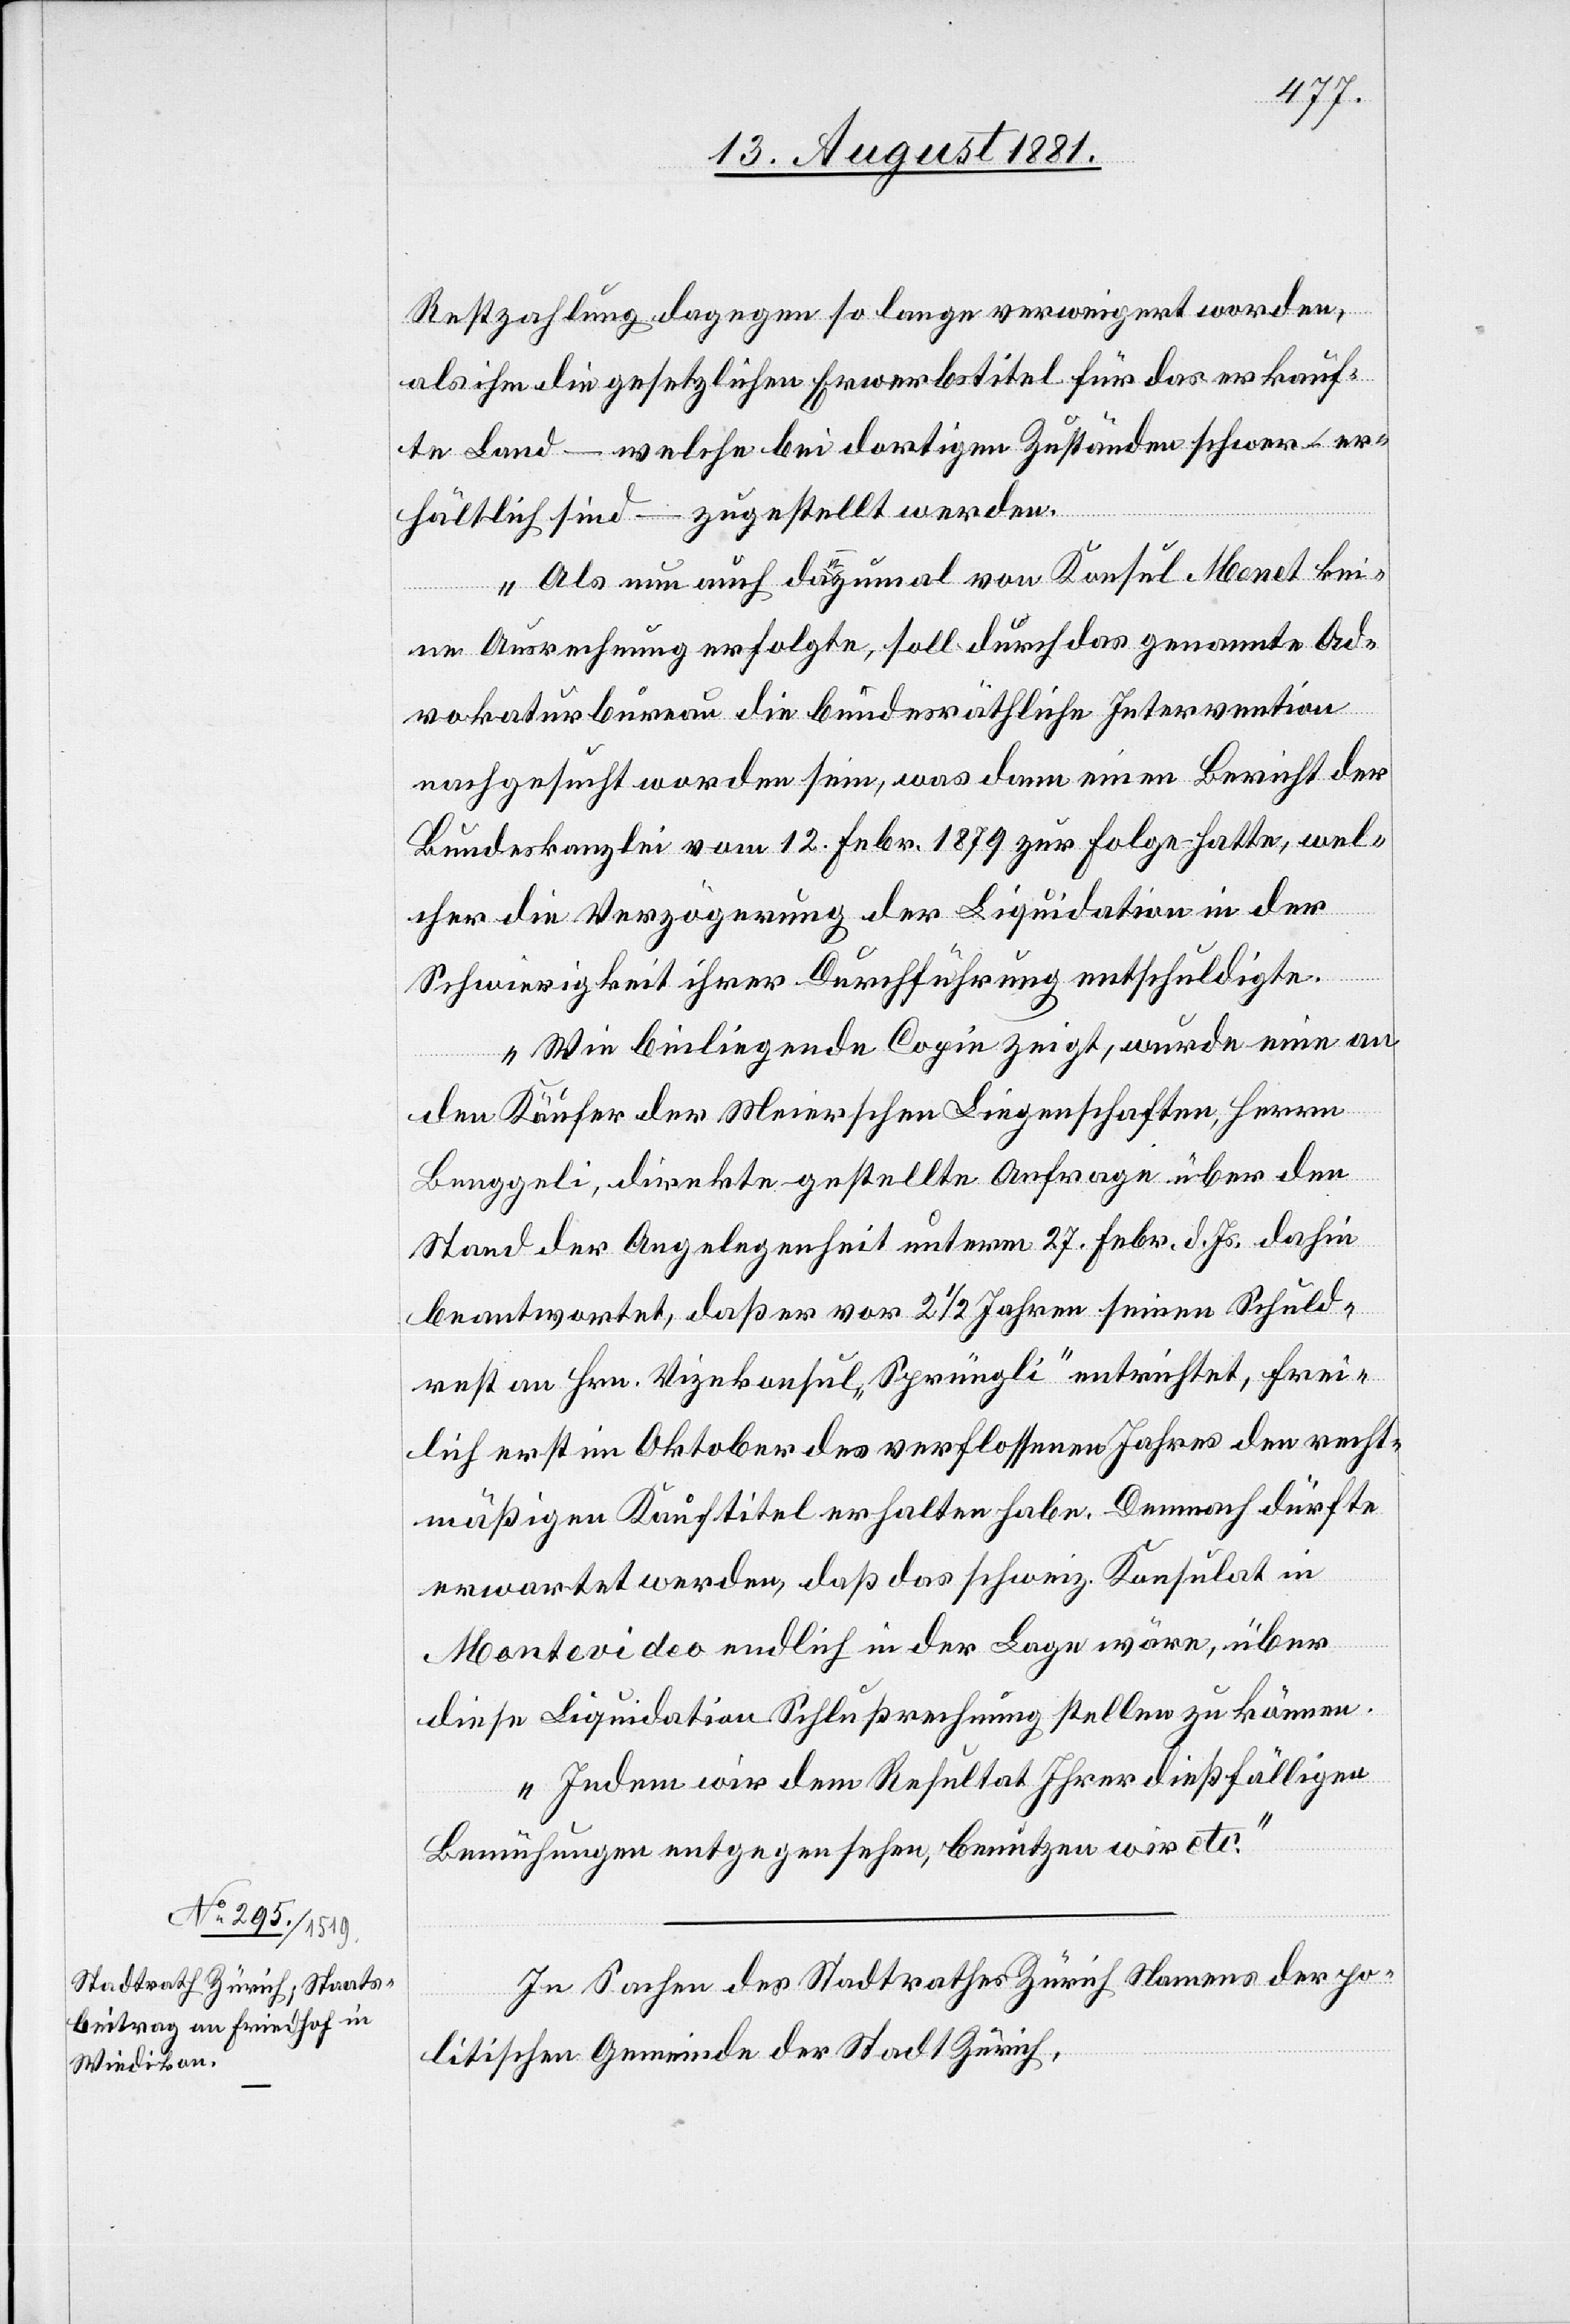
Restzahlung dagegen so lange verweigert worden,
als ihm die gesetzlichen Erwerbstitel für das verkauf¬
te Land – welche bei dortigen Zuständen schwer er¬
hältlich sind – zugestellt werden.
Als nun auch dann zumal von Konsul Monet kei¬
ne Ausrechnung erfolgte, soll durch das genannte Ad¬
vokaturbureau die bundesräthliche Intervention
nachgesucht worden sein, was dann einen Bericht der
Bundeskanzlei vom 12. Febr. 1879 zur Folge hatte, wel¬
cher die Verzögerung der Liquidation in der
Schwierigkeit ihrer Durchführung entschuldigte.
Wie beiliegende Copie zeigt, wurde eine an
den Käufer der Meierschen Liegenschaften, Herrn
Lenggeli, direkte gestellte Anfrage über den
Stand der Angelegenheit unterm 27. Febr. d. Js. dahin
beantwortet, daß es von 2 1/2 Jahren seinen Schuld¬
rest an Hrn. Vizekonsul „Sprüngli“ entrichtet, frei¬
lich erst im Oktober des verflossenen Jahres den recht¬
mäßigen Kauftitel erhalten habe. Demnach dürfte
erwartet werden, daß das schweiz. Konsulat in
Montevideo endlich in der Lage wäre, über
diese Liquidation Schlußrechnung stellen zu können.
Indem wir dem Resultat Ihrer dießfälligen
Bemühungen entgegen sehen, benützen wir etc.“
In Sachen des Stadtrathes Zürich Namens der po¬
litischen Gemeinde der Stadt Zürich,